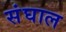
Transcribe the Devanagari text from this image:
संघाल